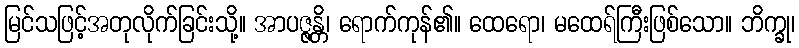
မြင်သဖြင့်အတုလိုက်ခြင်းသို့။ အာပဇ္ဇန္တိ၊ ရောက်ကုန်၏။ ထေရော၊ မထေရ်ကြီးဖြစ်သော။ ဘိက္ခု၊